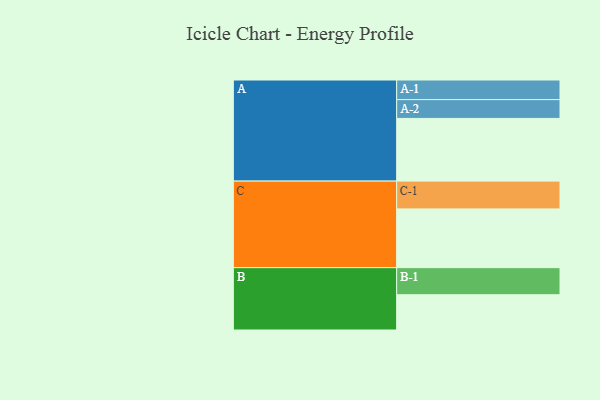
{"axis": {"x": "Segment", "y": "Value"}, "legend": ["", "A", "B", "C"], "data": [{"x": "A", "y": 537, "type": ""}, {"x": "B", "y": 302, "type": ""}, {"x": "C", "y": 503, "type": ""}, {"x": "A-1", "y": 168, "type": "A"}, {"x": "A-2", "y": 161, "type": "A"}, {"x": "B-1", "y": 232, "type": "B"}, {"x": "C-1", "y": 238, "type": "C"}]}